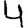
Digit: 4